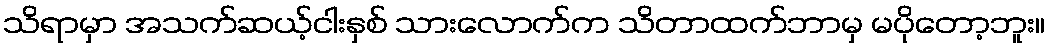
သိရာမှာ အသက်ဆယ့်ငါးနှစ် သားလောက်က သိတာထက်ဘာမှ မပိုတော့ဘူး။